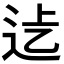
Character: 𨑵